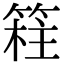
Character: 𥯸